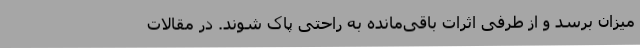
میزان برسد و از طرفی اثرات باقی‌مانده به‌ راحتی پاک شوند. در مقالات